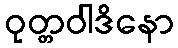
ဝုတ္တဝါဒိနော